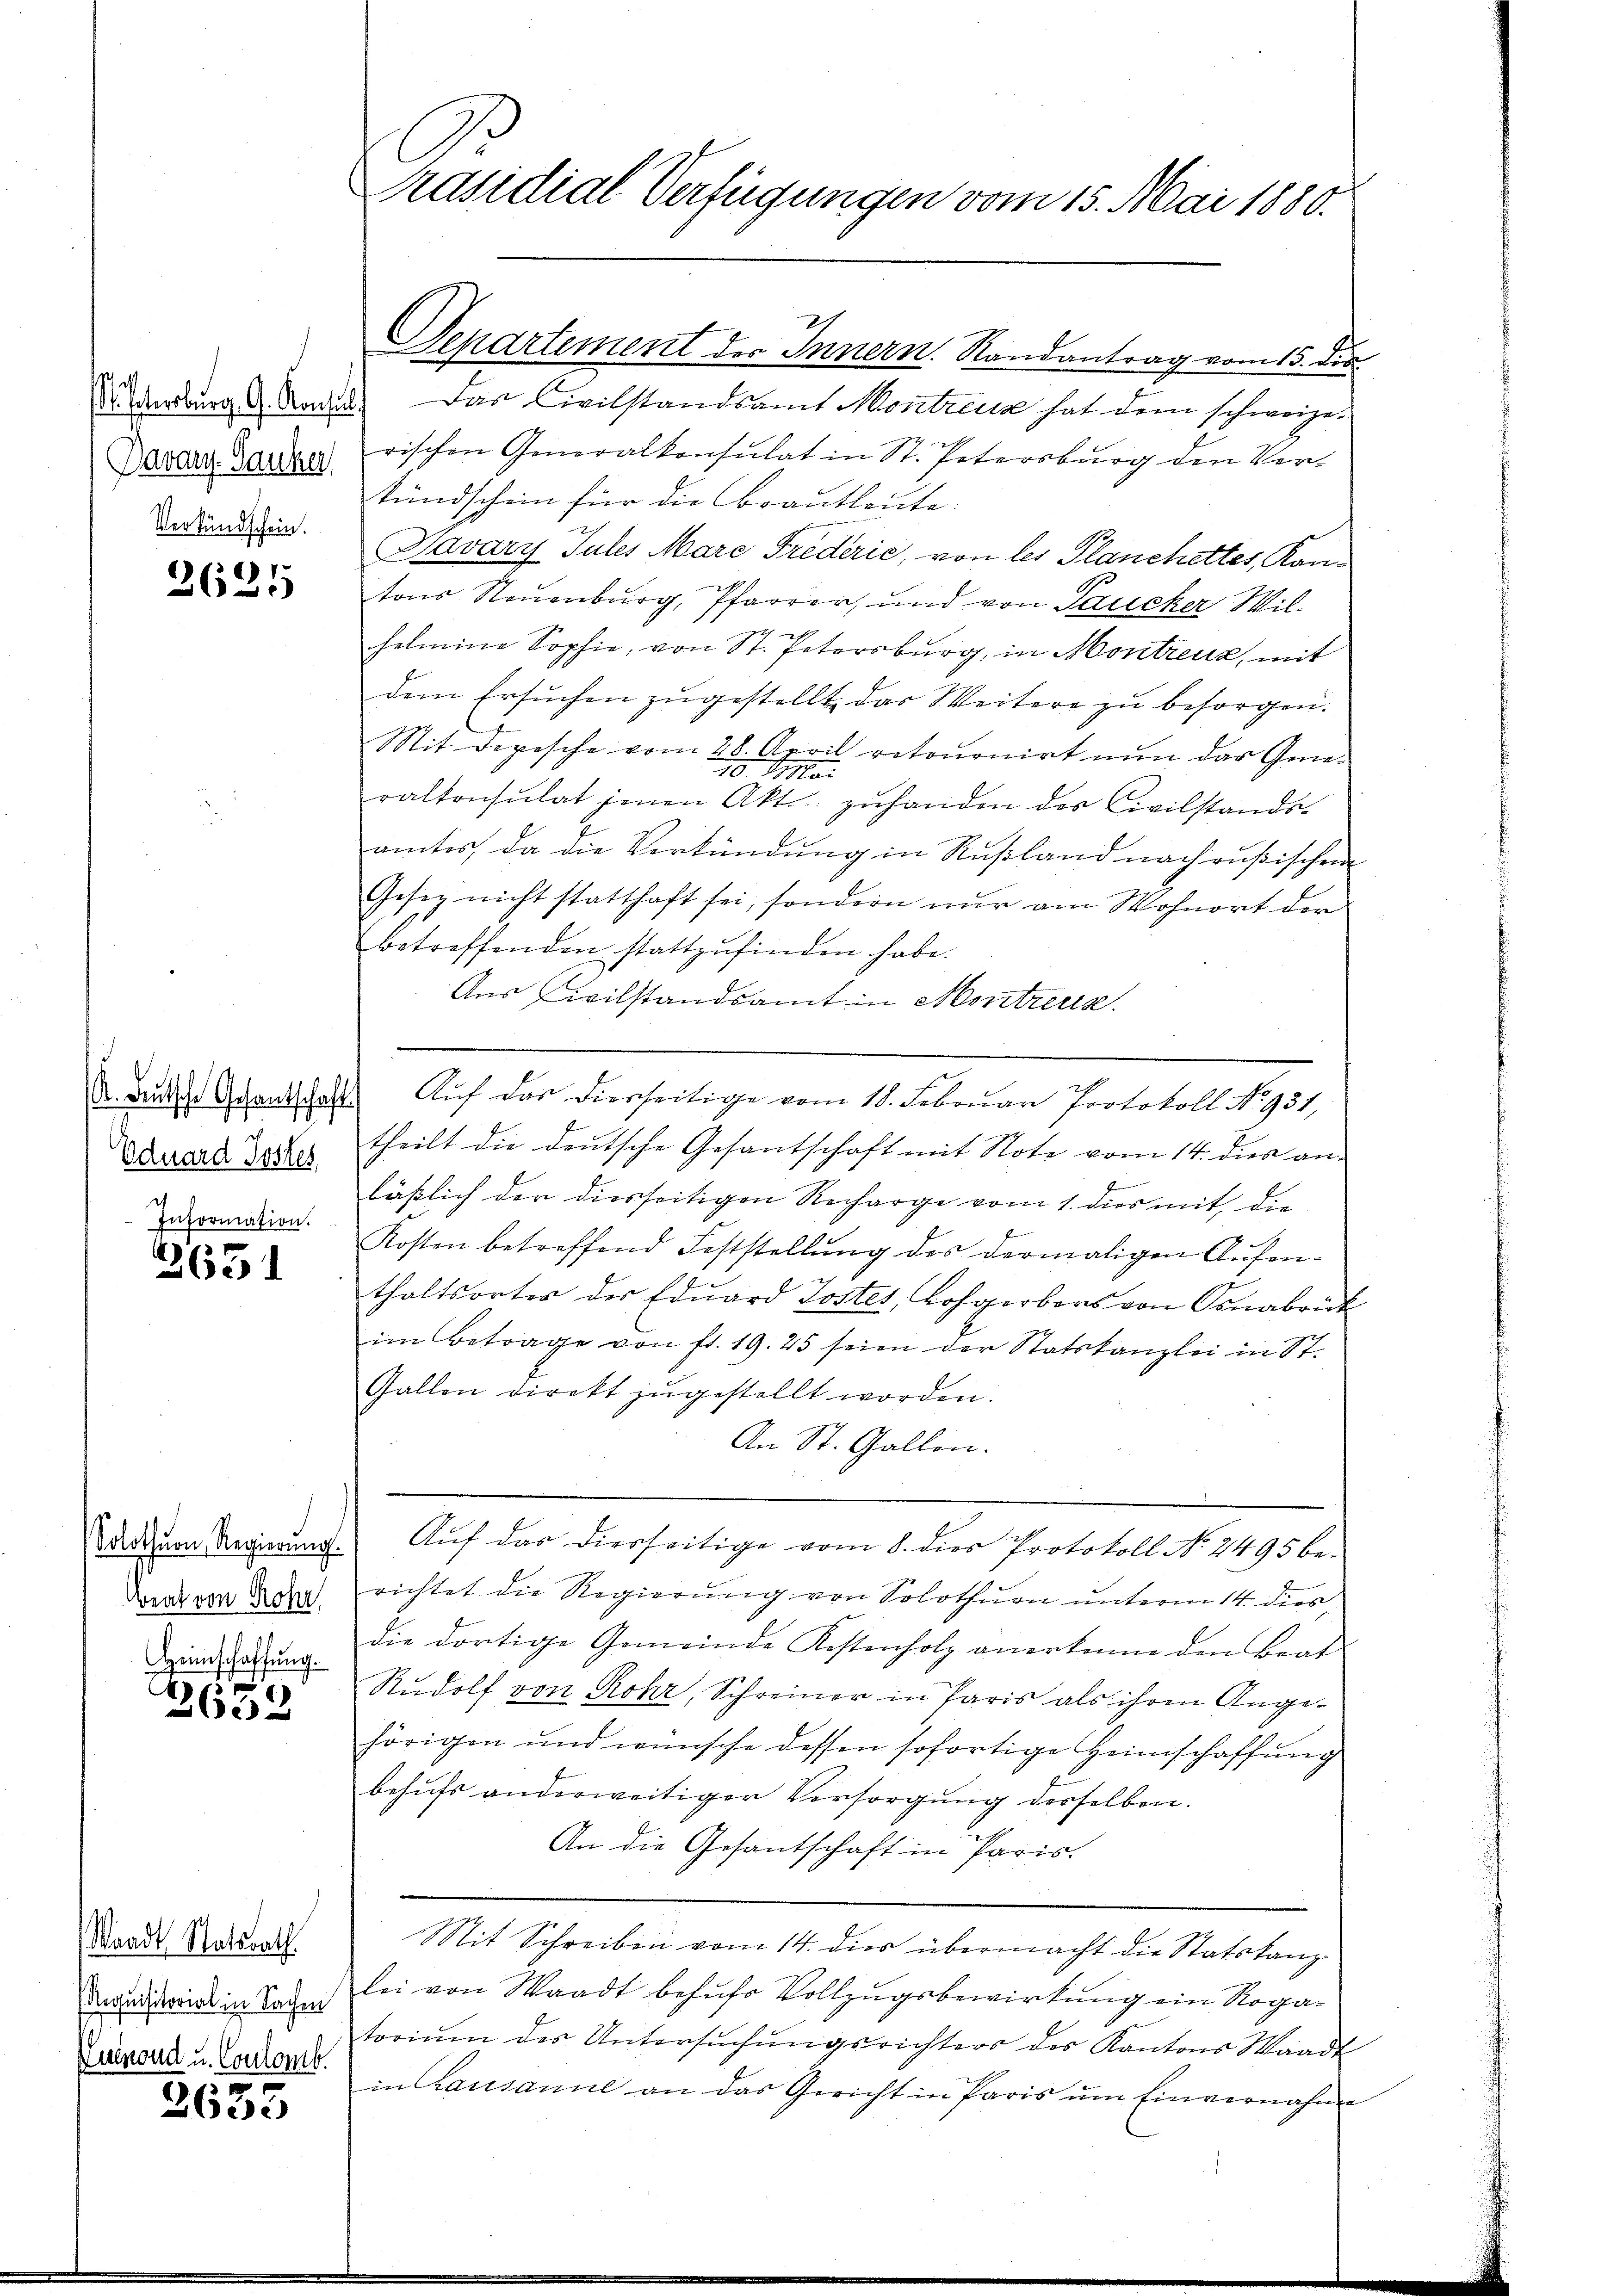
Verkündschein.

2625

K. Deutsche Gesantschaft
Eduard Pöstes,
e
Information.

2651

Solothur Regierung.
Heimschaffung.

260 x

Staadt Statsrath

3635

Werburg d. Rades. Das Civilstandsamt Montreuz hat dem schweize¬
Paddas daran rischen Generalkonsulat in St. Petersburg den Vertundschein für die Brautleute.
Bavary Jules Marc Friderić, von les Planchettes, Kantons Neuenburg, Pfarrer, und von Saucker Wilhelmine Sophie, von St. Petersburg, in Montreuz, mit
dem Ersuchen zugestellt, das Weitere zu besorgen.
Stit Depesche vom 28. April retononirt nun das Gene¬
10. Mai
ralkonsulat jenen Akt zŭ handen der Civilstands-
amtes, da die Verkündung in Rußland nachrußischen
Gesez nicht statthaft sei, sondern nŭr am Wohnort der
betreffenden stattzufinden habe.
Aus Civilstandsamt in Montreus
Aŭf das diesseitige vom 18. Februar Protokoll No 931,
theilt die deutsche Gesantschaft mit Note vom 14. dies an
f
läßlich der diesseitigen Recharge vom 1. dies mit die
Kosten betreffend Feststellŭng des dermaligen Aŭfen-
thaltsorter der Eduard Tostes, Lohgerbers von Osnabrück
im Betrage von fl. 19. 25 seien der Statskanzlei in St.
Gallen direkt zŭgestellt worden.
An St. Gallen.
Aŭf das diesseitige vom 8. dies Protokoll No 2495 be-
ea von der richtet die Regierung von Solothurn unterm 14. dies
die dortige Gemeinde Kostenholz anerkann den Brat
Rudolf von Rohr, Schreiner in Paris als ihren Angehörigen und wünsche dessen sofortige Heimschaffung
behŭfs anderweitiger Versorgŭng derselben.
An die Gesantschaft in Paris.
Sit Schreiben vom 14. dies übermacht die Statskanzdärdien in Boden lei von Waadt behufs Vollzugsbewirkung ein Rogatoriŭm des Untersŭchŭngsrichters des Kantons Waadt
Versone u. Laden. Kausanne an das Gericht in Paris um Einvernahme

Präsidial-Verfügungen vom 15. Mai 1880.

29
Separtement der Innern. Randantrag vom 15. die